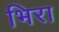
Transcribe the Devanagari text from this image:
भिरा